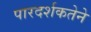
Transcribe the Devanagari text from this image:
पारदर्शकतेने